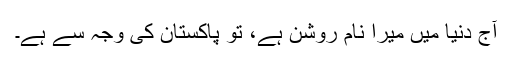
آج دنیا میں میرا نام روشن ہے، تو پاکستان کی وجہ سے ہے۔